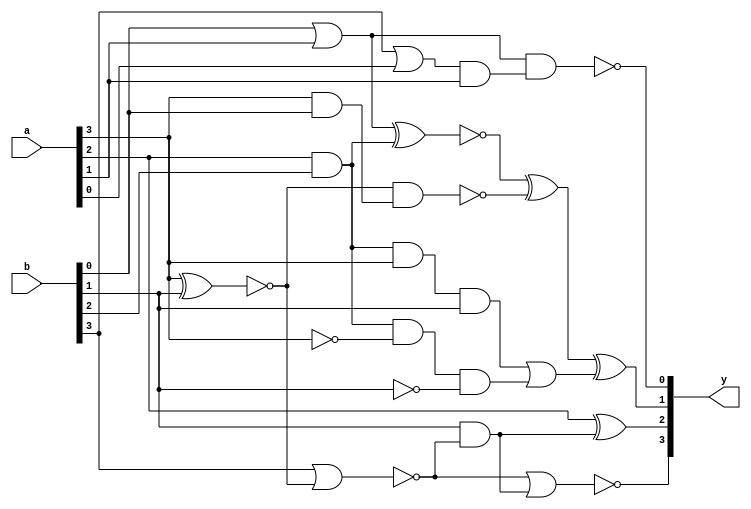
module test_4(y,a,b);
	input [3:0]a, b;
	output [3:0]y;
	wire [9:0]w;
	wire sub_wire0, w_eco0, w_eco1, w_eco2;

	and and_1(w[0], w[1], a[1]);
	and and_2(w[2], a[2], b[2]);
	xor xor_1(y[2], a[2], w[3]);
	nand nand_1(y[0], w[5], w[0]);
	nand nand_2(w[4], w[6], w[8]);
	nor nor_1(w[7], b[3], w[6]);
	nor nor_2(y[3], w[7], w[3]);
	and and_3(w[8], a[3], b[0]);
	and and_4(w[3], b[1], w[7]);
	or or_1(w[1], b[3], a[0]);
	or or_2(w[5], b[0], a[1]);
	xnor xnor_1(w[9], w[5], w[2]);
	xnor xnor_2(w[6], a[3], b[1]);
	xor xor_2(sub_wire0, w[9], w[4]);
	and _ECO_0(w_eco0, a[2], b[2], a[3], b[1]);
	and _ECO_1(w_eco1, a[2], b[2], !a[3], !b[1]);
	or _ECO_2(w_eco2, w_eco0, w_eco1);
	xor _ECO_out0(y[1], sub_wire0, w_eco2);

endmodule